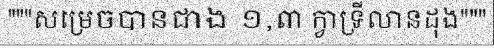
"""សម្រេចបានជាង ១,៣ ក្វាទ្រីលានដុង"""